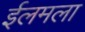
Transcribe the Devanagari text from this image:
ईलमला